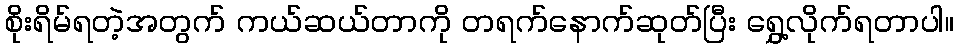
စိုးရိမ်ရတဲ့အတွက် ကယ်ဆယ်တာကို တရက်နောက်ဆုတ်ပြီး ရွှေ့လိုက်ရတာပါ။